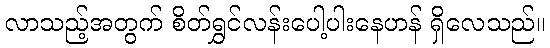
လာသည့်အတွက် စိတ်ရွှင်လန်းပေါ့ပါးနေဟန် ရှိလေသည်။